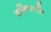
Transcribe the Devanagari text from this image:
दक्षिणपति